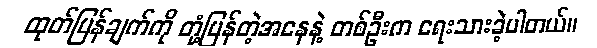
ထုတ်ပြန်ချက်ကို တုံ့ပြန်တဲ့အနေနဲ့ တစ်ဦးက ရေးသားခဲ့ပါတယ်။